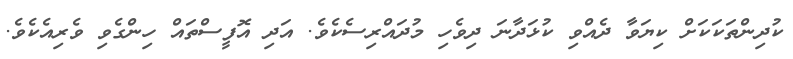
ކުދިންތަކަކަށް ކިޔަވާ ދެއްވި ކުޅަދާނަ ދިވެހި މުދައްރިސެކެވެ. އަދި އޮފީސްތައް ހިންގެވި ވެރިއެކެވެ.